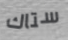
ستاك